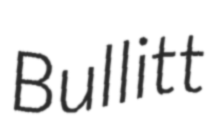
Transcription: Bullitt